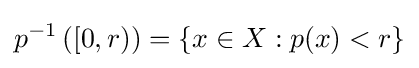
p^{-1}\left([0,r)\right)=\{x\in X:p(x)<r\}